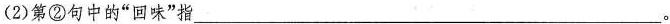
(1)第①句中的”回味”指___(2)第②句中的”回味”指___。